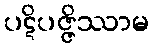
ပဋိပဇ္ဇိဿာမ